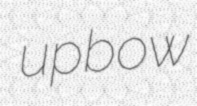
upbow